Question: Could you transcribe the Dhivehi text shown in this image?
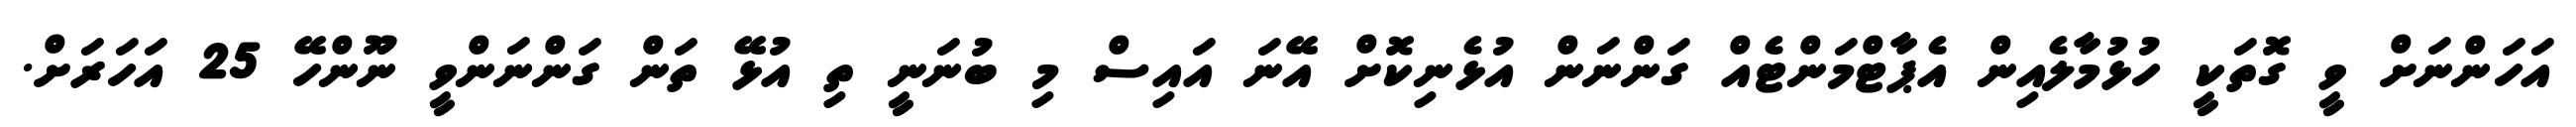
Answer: އަހަންނަށް ވީ ގޮތަކީ ހުޅުމާލެއިން އެޕާޓްމަންޓެއް ގަންނަން އުޅެނިކޮށް އޭނަ އައިސް މި ބުނަނީ ތި އުޅޭ ތަން ގަންނަންވީ ނޫންހޭ 25 އަހަރަށް.